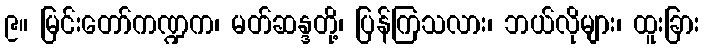
၉။ မြင်းတော်ကဏ္ဍက၊ မတ်ဆန္ဒတို့၊ ပြန်ကြသလား၊ ဘယ်လိုများ၊ ထူးခြား